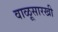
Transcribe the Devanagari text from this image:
वाळूसारखी